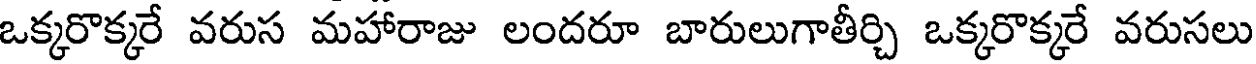
ఒక్కరొక్కరే వరుస మహారాజు లందరూ బారులుగాతీర్చి ఒక్కరొక్కరే వరుసలు